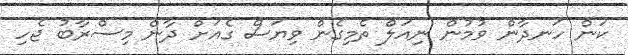
ކަން ހަނދާން ވުމުން ނިއަލް ތެމިގެން ވިޔަސް ގެއަށް ދާން މިސްރާބު ޖެހި